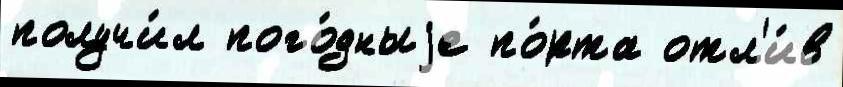
получи́л пого́дныjе по́рта отл'и́в